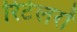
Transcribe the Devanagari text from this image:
रिटेलरों